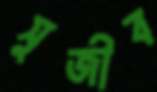
সুজীব